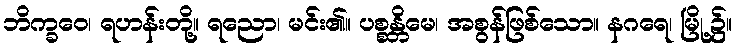
ဘိက္ခဝေ၊ ရဟန်းတို့။ ရညော၊ မင်း၏။ ပစ္စန္တိမေ၊ အစွန်ဖြစ်သော။ နဂရေ၊ မြို့၌။